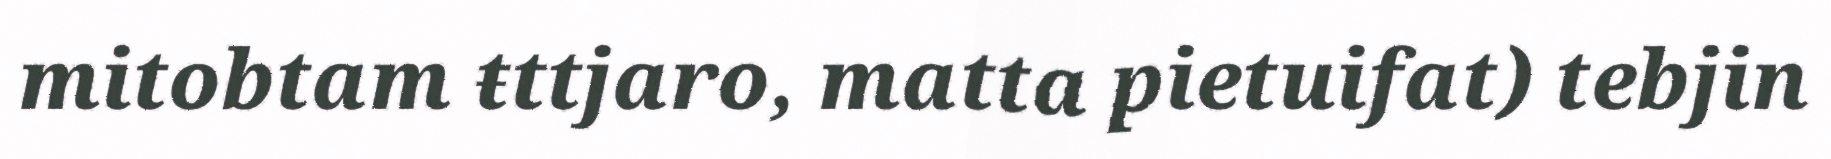
mitobtam ŧttjaro, matta pietuifat) tebjin